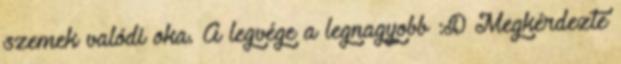
szemek valódi oka. A legvége a legnagyobb :D Megkérdezte